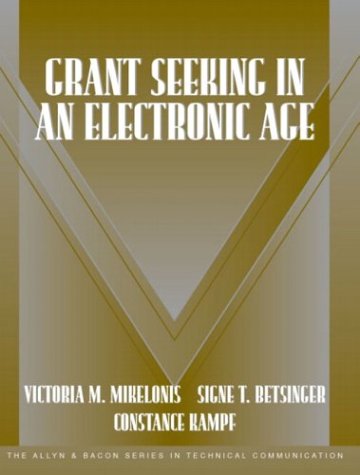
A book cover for Grant Seeking in an Electronic Age (Part of the Allyn & Bacon Series in Technical Communication); Victoria Mikelonis; Education & Teaching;